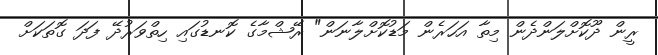
ރީން ދޫކޮށްލަންދެން މިތާ އަހަރެން މަޑުކޮށްލާނަން" ރޭޝްމާގެ ކޮނޑުގައި ހިތްވަރުދޭ ފަދަ ގޮތަކަށް